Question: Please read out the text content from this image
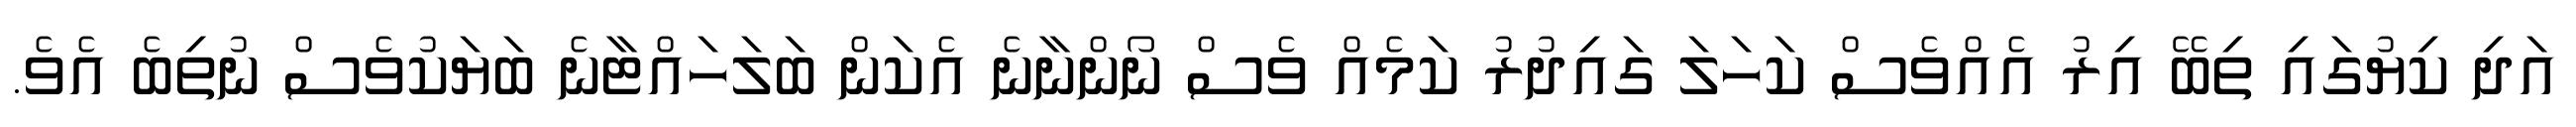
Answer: އަދި ކިޔުގައި ތިބޭ އިރު އެއްވެސް ކަހަލަ ގައިދުރު ކަމެއް ވެސް ނޯންނާނެ އެކަން ބަލަހައްޓާނެ ބަޔަކުވެސް ނުތިބެ އެވެ.